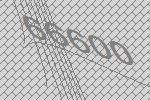
66600